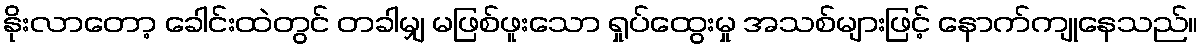
နိုးလာတော့ ခေါင်းထဲတွင် တခါမျှ မဖြစ်ဖူးသော ရှုပ်ထွေးမှု အသစ်များဖြင့် နောက်ကျုနေသည်။